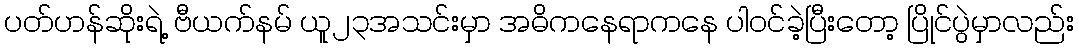
ပတ်ဟန်ဆိုးရဲ့ ဗီယက်နမ် ယူ၂၃အသင်းမှာ အဓိကနေရာကနေ ပါဝင်ခဲ့ပြီးတော့ ပြိုင်ပွဲမှာလည်း